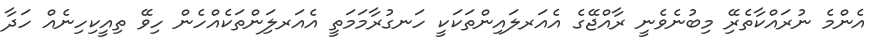
އެންމެ ނުރައްކާތެރިޭ މިބުނެވެނީ ރާއްޖޭގެ އެއަރލައިންތަކަކީ ހަނގުރާމަމަތީ އެއަރލަިންތަކެއްހެން ހިވޭ ތިއީކިހިނެއް ހަދާ